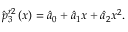
\hat { p } _ { 3 } ^ { r 2 } \left( x \right) = { { \hat { a } } _ { 0 } } + { { \hat { a } } _ { 1 } } x + { { \hat { a } } _ { 2 } } { { x } ^ { 2 } } .